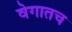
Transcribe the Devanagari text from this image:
वेगातच